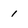
Character: 1